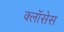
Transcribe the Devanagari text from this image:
क्लाॅसेस